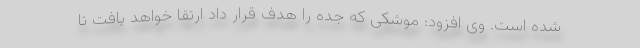
شده است. وی افزود: موشکی که جده را هدف قرار داد ارتقا خواهد یافت تا